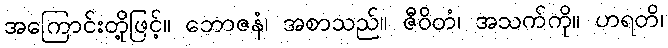
အကြောင်းတို့ဖြင့်။ ဘောဇနံ၊ အစာသည်။ ဇီဝိတံ၊ အသက်ကို။ ဟရတိ၊